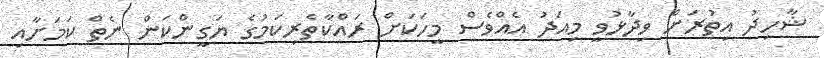
ޝާހިދު އިތުރަށް ވިދާޅުވީ މިއަދު އެއްވެސް މީހަކަށް ރައްކާތެރިކަމުގެ ޔަގީންކަން ނެތް ކަމަށާއި